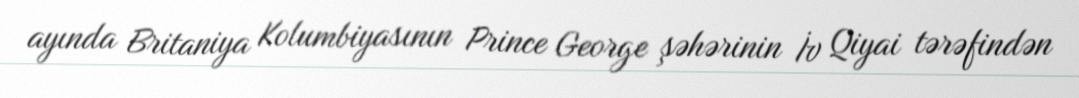
ayında Britaniya Kolumbiyasının Prince George şəhərinin İv Qiyai tərəfindən